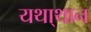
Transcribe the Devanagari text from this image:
यथा्थान